Lunatic asylums Central Provinces reports 1874-1885 - 1874-1885
Year: 1874
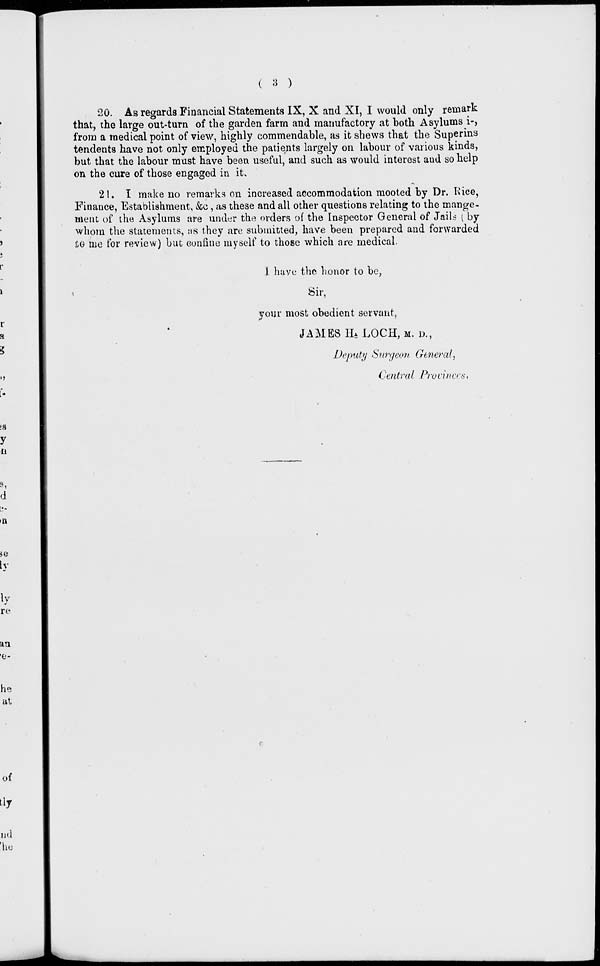
( 3 )
20. As regards Financial Statements IX, X and XI, I would only remark
that, the large out-turn of the garden farm and manufactory at both Asylums i-,
from a medical point of view, highly commendable, as it shews that the Superins
tendents have not only employed the patients largely on labour of various kinds,
but that the labour must have been useful, and such as would interest and so help
on the cure of those engaged in it.
21. I make no remarks on increased accommodation mooted by Dr. Rice,
Finance, Establishment, &c, as these and all other questions relating to the mange-
ment of the Asylums are under the orders of the Inspector General of Jails ( by
whom the statements, as they are submitted, have been prepared and forwarded
to me for review) but confine myself to those which are medical.
I have the honor to be,
Sir,
your most obedient servant,
JAMES H. LOCH, M. D.,
Deputy Surgeon General,
Central Provinces.